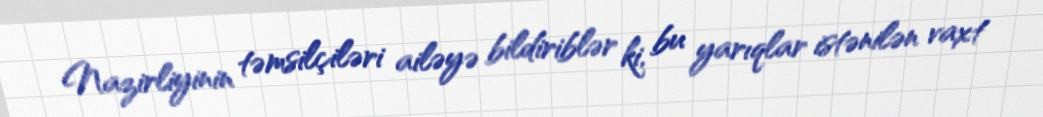
Nazirliyinin təmsilçiləri ailəyə bildiriblər ki, bu yarıqlar istənilən vaxt